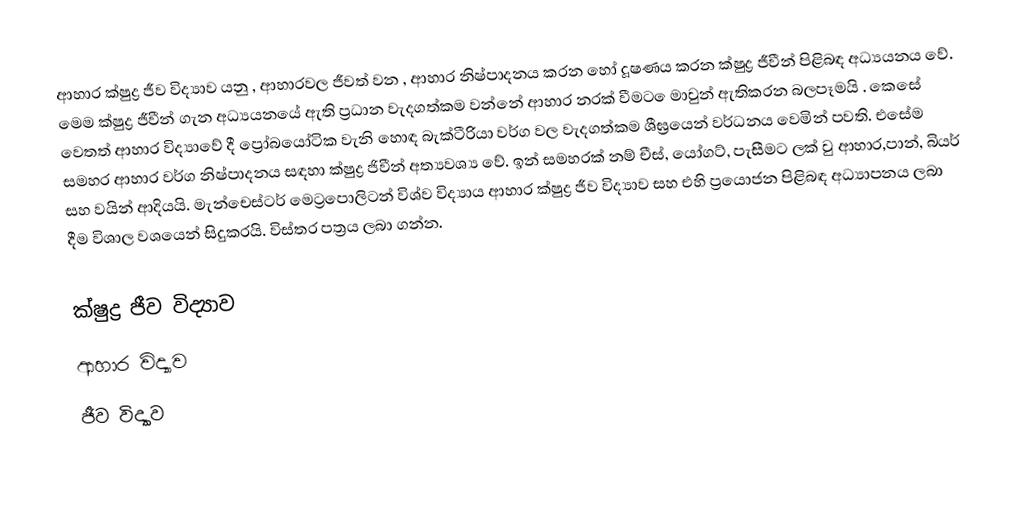
ආහාර ක්ෂුද්‍ර ජීව විද්‍යාව යනු , ආහාරවල ජීවත් වන , ආහාර නිෂ්පාදනය කරන හෝ දූෂණය කරන ක්ෂුද්‍ර ජීවීන් පිළිබඳ අධ්‍යයනය වේ. මෙම ක්ෂුද්‍ර ජීවීන් ගැන අධ්‍යයනයේ ඇති ප්‍රධාන වැදගත්කම වන්නේ ආහාර නරක් වීමට ‍ෙමාවුන් ඇතිකරන බලපෑමයි . කෙසේ වෙතත් ආහාර  විද්‍යාවේ දී ප්‍රෝබයෝටික වැනි හොඳ බැක්ටීරියා වර්ග වල වැදගත්කම ශීඝ්‍රයෙන් වර්ධනය වෙමින් පවති. එසේම සමහර ආහාර වර්ග නිෂ්පාදනය සඳහා  ක්ෂුද්‍ර ජිවීන් අත්‍යවශ්‍ය වේ. ඉන් සමහරක් නම් චීස්, යෝගට්, පැසීමට ලක් වු ආහාර,පාන්, බියර් සහ වයින් ආදියයි. මැන්චෙස්ටර් මෙට්‍රපොලිටන් විශ්ව විද්‍යාය ආහාර ක්ෂුද්‍ර ජීව විද්‍යාව සහ එහි ප්‍රයොජන පිළිබඳ අධ්‍යාපනය ලබා දීම විශාල වශයෙන් සිදුකරයි. විස්තර පත්‍රය ලබා ගන්න.

ක්ෂුද්‍ර ජීව විද්‍යාව
ආහාර විද්‍යාව
ජීව විද්‍යාව